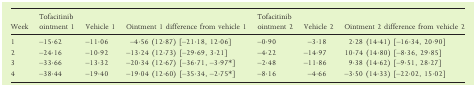
| Week | Tofacitinib ointment 1 | Vehicle 1 | Ointment 1 difference from vehicle 1 | Tofacitinib ointment 2 | Vehicle 2 | Ointment 2 difference from vehicle 2 |
 | --- | --- | --- | --- | --- | --- | --- |
 | 1 | –15·62 | –11·06 | –4·56 (12·87) [–21·18, 12·06] | –0·90 | –3·18 | 2·28 (14·41) [–16·34, 20·90] |
 | 2 | –24·16 | –10·92 | –13·24 (12·73) [–29·69, 3·21] | –4·22 | –14·97 | 10·74 (14·80) [–8·36, 29·85] |
 | 3 | –33·66 | –13·32 | –20·34 (12·67) [–36·71, –3·97*] | –2·48 | –11·86 | 9·38 (14·62) [–9·51, 28·27] |
 | 4 | –38·44 | –19·40 | –19·04 (12·60) [–35·34, –2·75*] | –8·16 | –4·66 | –3·50 (14·33) [–22·02, 15·02] |